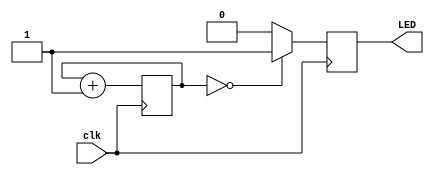
// This program was cloned from: https://github.com/chriz2600/DreamcastHDMI
// License: MIT License

module LEDdim(
    input clk,
    output LED
);
    parameter BITPOS = 2;

    reg [BITPOS:0] cnt;
    reg _led;

    always @(posedge clk) begin
        cnt <= cnt + 1'b1;
        if (cnt == 0) begin
            _led <= 1'b1;
        end else begin
            _led <= 1'b0;
        end
    end

    assign LED = _led;
endmodule